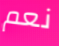
نعم